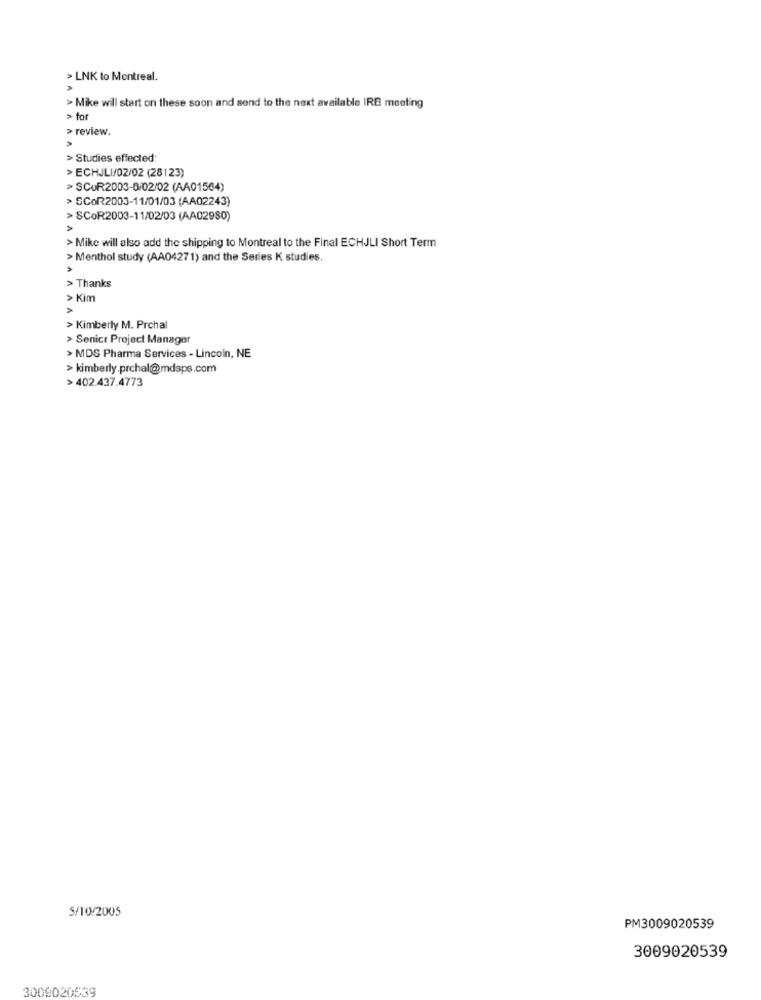
> LNK to Montreal.
> Mike will start on these soon and send to the next available IRB meeting
> for
> review.
> Studies effected:
> ECHJLI/02/02 (28123)
> SCUR2003-6/02/02 (AA01564)
> SCOR2003-11/01/03 (AA02243)
> SCOR2003-11/02/03 (AA02980)
> Mike will also add the shipping to Montreal to the Final ECHJLI Short Term
> Menthol study (AA04271) and the Series K studies.
> Thanks
> Kim
>
> Kimberly M. Prchal
> Senicr Project Manager
> MDS Pharma Services - Lincoln, NE
> kimberly.prchal@mdaps.com
> 402.437.4773
S/10/2005
PM3009020539
3009020539
3009020539